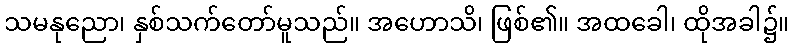
သမနုညော၊ နှစ်သက်တော်မူသည်။ အဟောသိ၊ ဖြစ်၏။ အထခေါ၊ ထိုအခါ၌။